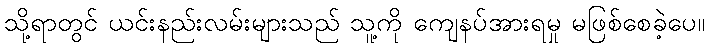
သို့ရာတွင် ယင်းနည်းလမ်းများသည် သူ့ကို ကျေနပ်အားရမှု မဖြစ်စေခဲ့ပေ။